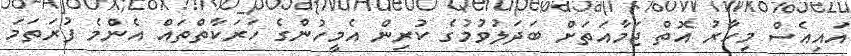
އައިއެސް މިހާރު އޮތް ޖަމާއަތަށް ބަދަލުވުމުގެ ކުރިން އެމީހުންގެ ހަރަކާތްތައް އެންމެ ފުރަތަމަ